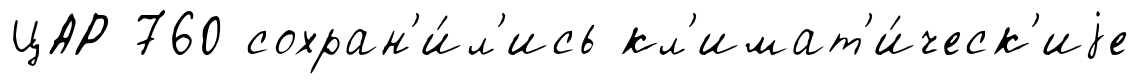
ЦАР 760 сохран'и́л'ись кл'имат'и́ческ'иjе